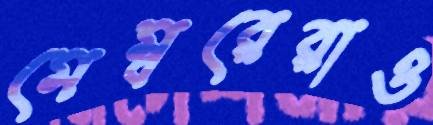
মেম্বরেরাও